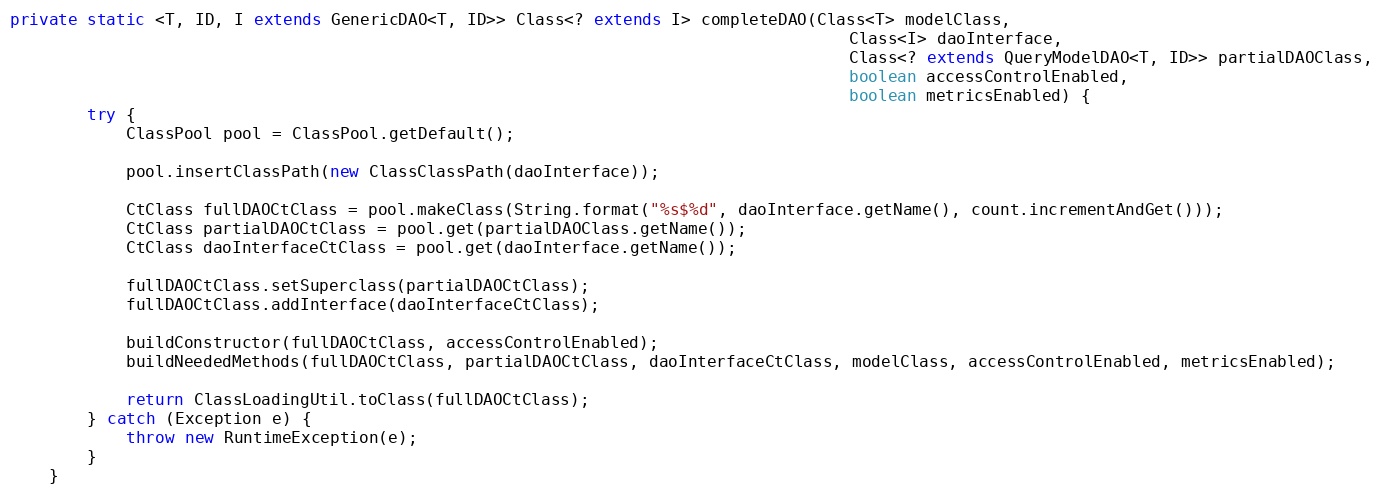
Language: Java
private static <T, ID, I extends GenericDAO<T, ID>> Class<? extends I> completeDAO(Class<T> modelClass,
                                                                                       Class<I> daoInterface,
                                                                                       Class<? extends QueryModelDAO<T, ID>> partialDAOClass,
                                                                                       boolean accessControlEnabled,
                                                                                       boolean metricsEnabled) {
        try {
            ClassPool pool = ClassPool.getDefault();

            pool.insertClassPath(new ClassClassPath(daoInterface));

            CtClass fullDAOCtClass = pool.makeClass(String.format("%s$%d", daoInterface.getName(), count.incrementAndGet()));
            CtClass partialDAOCtClass = pool.get(partialDAOClass.getName());
            CtClass daoInterfaceCtClass = pool.get(daoInterface.getName());

            fullDAOCtClass.setSuperclass(partialDAOCtClass);
            fullDAOCtClass.addInterface(daoInterfaceCtClass);

            buildConstructor(fullDAOCtClass, accessControlEnabled);
            buildNeededMethods(fullDAOCtClass, partialDAOCtClass, daoInterfaceCtClass, modelClass, accessControlEnabled, metricsEnabled);

            return ClassLoadingUtil.toClass(fullDAOCtClass);
        } catch (Exception e) {
            throw new RuntimeException(e);
        }
    }